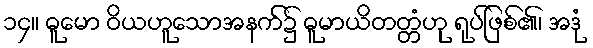
၁၄။ ဓူမော ဝိယဟူသောအနက်၌ ဓူမာယိတတ္တံဟု ရုပ်ဖြစ်၏၊ အဒုံ